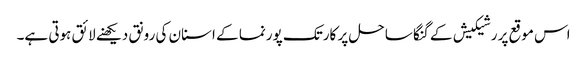
اس موقع پر رشیکیش کے گنگا ساحل پر کارتک پورنما کے اسنان کی رونق دیکھنے لائق ہوتی ہے۔